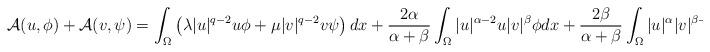
LaTeX: \begin{align*}\mathcal{A}(u,\phi)+\mathcal{A}(v,\psi)=\int_\Omega \left(\lambda |u|^{q-2}u\phi+ \mu |v|^{q-2}v\psi \right)dx+\frac{2\alpha}{\alpha+\beta}\int_\Omega|u|^{\alpha-2}u|v|^\beta\phi dx+\frac{2\beta}{\alpha+\beta}\int_\Omega|u|^{\alpha}|v|^{\beta-2}v\psi dx\end{align*}